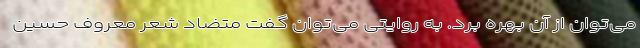
می‌توان از آن بهره برد. به روایتی می‌توان گفت متضاد شعر معروف حسین